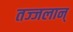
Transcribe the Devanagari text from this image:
तज्जलान्